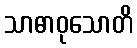
သာဓာဝုသောတိ